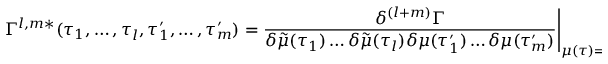
\Gamma ^ { l , m * } ( \tau _ { 1 } , \dots , \tau _ { l } , \tau _ { 1 } ^ { \prime } , \dots , \tau _ { m } ^ { \prime } ) = \frac { \delta ^ { ( l + m ) } \Gamma } { \delta \tilde { \mu } ( \tau _ { 1 } ) \dots \delta \tilde { \mu } ( \tau _ { l } ) \delta { \mu } ( \tau _ { 1 } ^ { \prime } ) \dots \delta { \mu } ( \tau _ { m } ^ { \prime } ) } \Bigg | _ { \mu ( \tau ) = \mu ^ { * } ( \tau ) , \tilde { \mu } ( \tau ) = 0 \mathrm { ~ } \forall \mathrm { ~ } \tau }